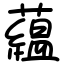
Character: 藴